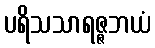
ပရိသသာရဇ္ဇဘယံ